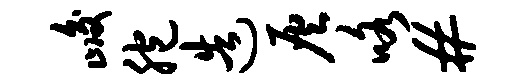
峻胞造灰咯#